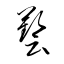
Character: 藝